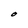
Character: O